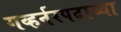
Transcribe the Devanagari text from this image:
गव्हर्नरपदाच्या